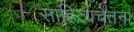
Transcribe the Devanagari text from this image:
साहित्यचेतना